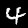
Digit: 4